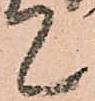
て